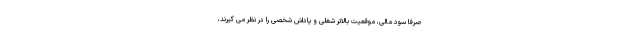
صرفاً سود مالی، موقعیت بالاتر شغلی و پاداش شخصی را در نظر می گیرند،